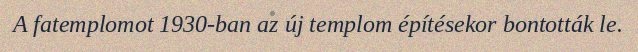
A fatemplomot 1930-ban az új templom építésekor bontották le.